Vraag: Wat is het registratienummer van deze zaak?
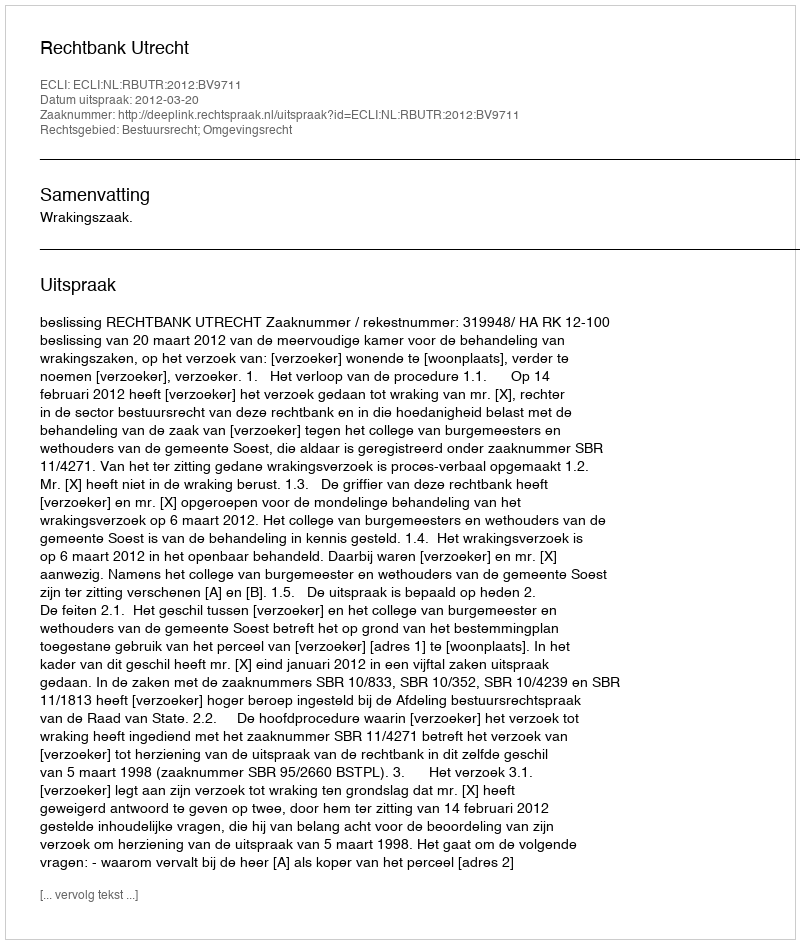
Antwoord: http://deeplink.rechtspraak.nl/uitspraak?id=ECLI:NL:RBUTR:2012:BV9711